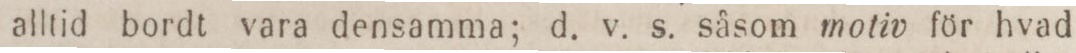
alltid bordt vara densamma; d. v. s. såsom motiv för hvad